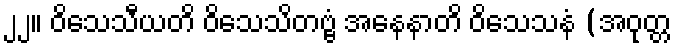
၂၂။ ဝိသေသီယတိ ဝိသေသိတဗ္ဗံ အနေနာတိ ဝိသေသနံ (အဝုတ္တ